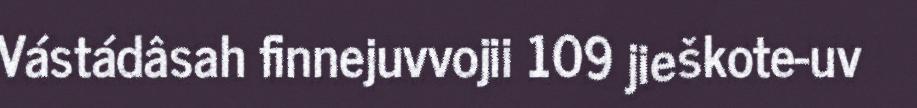
Vástádâsah finnejuvvojii 109 jieškote-uv